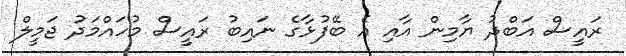
ރައީސް އަބްދު ޔާމިން އާއި އެ ބޭފުޅާގެ ނައިބު ރައީސް މުހައްމަދު ޖަމީލް